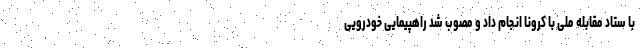
با ستاد مقابله ملی با کرونا انجام داد و مصوب شد راهپیمایی خودرویی